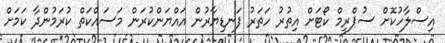
އިސްލާހުކޮށް ސުޕްރީމް ކޯޓަށް އިތުރު ހަތަރު ފަނޑިޔާރުން އައްޔަންކުރަން މަސައްކަތް ކުރަމުންދާ ކަމަށް